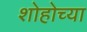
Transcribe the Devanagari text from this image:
शोहोच्या